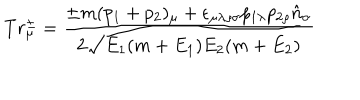
T r _ { \mu } ^ { \pm } = { \frac { \pm m ( p _ { 1 } + p _ { 2 } ) _ { \mu } + \epsilon _ { \mu \lambda \rho \sigma } p _ { 1 \lambda } p _ { 2 \rho } { \hat { n } } _ { \sigma } } { 2 \sqrt { E _ { 1 } ( m + E _ { 1 } ) E _ { 2 } ( m + E _ { 2 } ) } } }